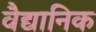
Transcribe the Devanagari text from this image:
वैद्यानिक